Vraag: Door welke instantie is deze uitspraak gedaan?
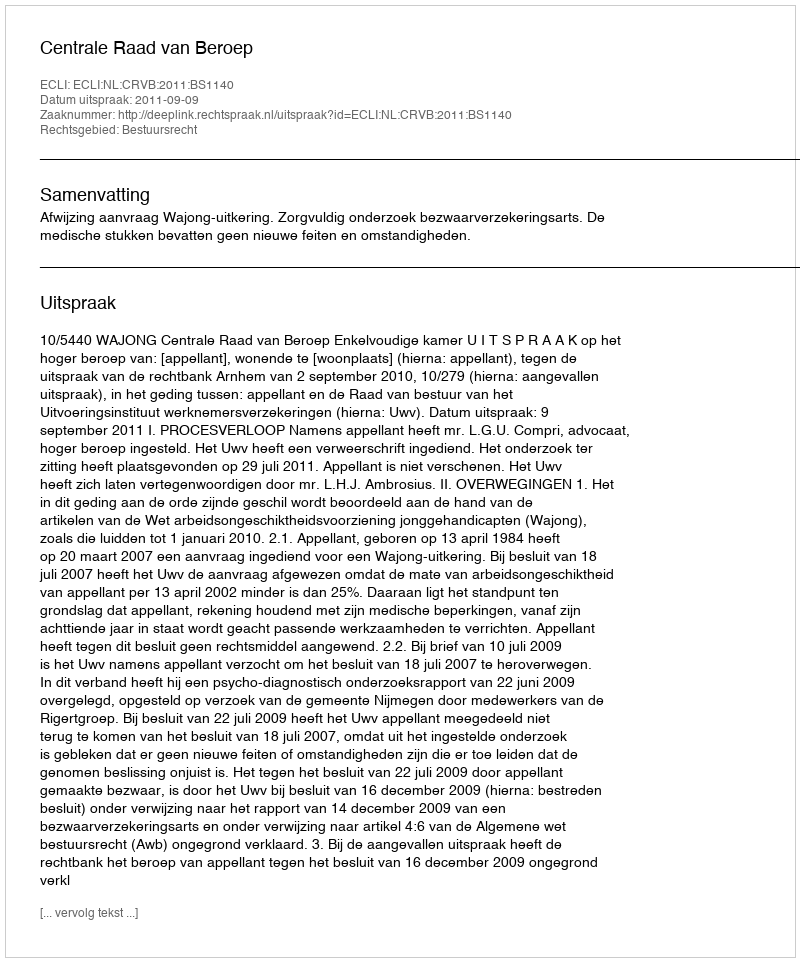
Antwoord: Centrale Raad van Beroep